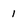
Character: 1